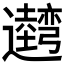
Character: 𰐢